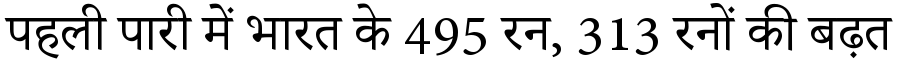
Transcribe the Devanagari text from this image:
पहली पारी में भारत के 495 रन, 313 रनों की बढ़त